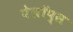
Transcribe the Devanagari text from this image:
पेलॉप्स